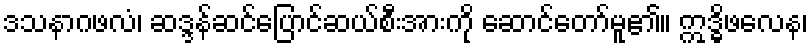
ဒသနာဂဖလံ၊ ဆဒ္ဒန်ဆင်ပြောင်ဆယ်စီးအားကို ဆောင်တော်မူ၏။ ဣဒ္ဓိဖလေန၊